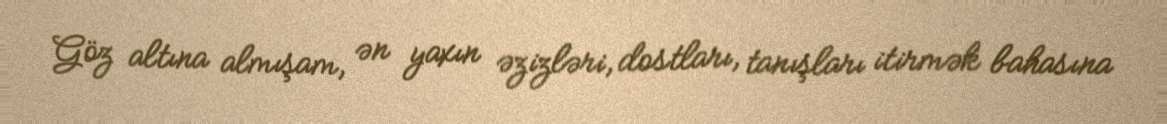
Göz altına almışam, ən yaxın əzizləri, dostları, tanışları itirmək bahasına